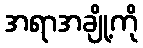
အရာအချို့ကို